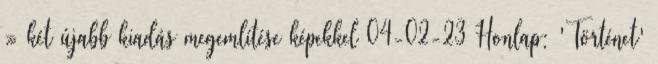
» két újabb kiadás megemlítése képekkel 04-02-23 Honlap: 'Történet'